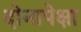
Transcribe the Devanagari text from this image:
दोनापेक्षा